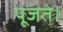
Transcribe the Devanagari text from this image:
पूजते।